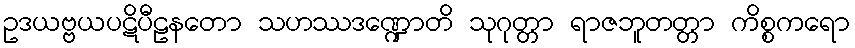
ဥဒယဗ္ဗယပဋိပီဠနတော သဟဿဒဏ္ဍောတိ သုဂုတ္တာ ရာဇဘူတတ္တာ ကိစ္စကရော